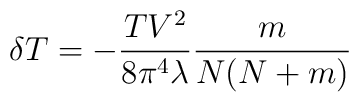
\delta T = -\frac{TV^2}{8\pi^4\lambda} \frac{m}{N(N+m)}